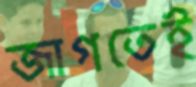
জাগতেই